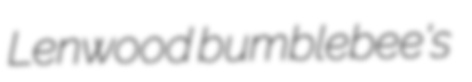
Lenwood bumblebee's